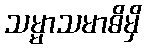
သမ္မာသမာဓိမှိ